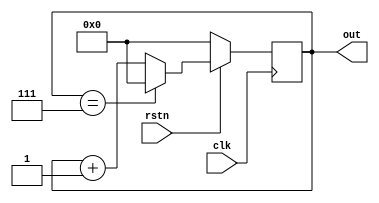
`timescale 1ns / 1ps
//////////////////////////////////////////////////////////////////////////////////
//
// Created by Yagiz YAGMUR
// Module Name: modcounter
// Description: Modulus Counter
// 
//////////////////////////////////////////////////////////////////////////////////


module modcounter #(parameter N = 8, //parameter for the mod
                    parameter WIDTH = 4) //parameter for the data width
    (
    input clk,//clock signal
    input rstn, //Active-0 Reset
    output reg [WIDTH-1:0] out // Counter
    );
    
    always @(posedge clk) begin
        if(!rstn) out <= 0;
        else begin
            if(out == N-1)begin
                out <= 0;
                end
            else out <= out + 1; 
        end
    end
endmodule